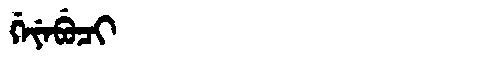
Manchu: ᡤᡝᠶᡝᠪᡠᠴᡳ
Romanization: GEYEBUCI